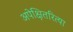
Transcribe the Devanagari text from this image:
अपेक्षितरित्या